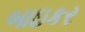
બાઇકર